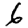
Digit: 6